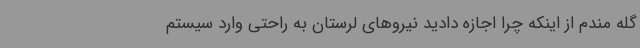
گله مندم از اینکه چرا اجازه دادید نیروهای لرستان به راحتی وارد سیستم